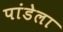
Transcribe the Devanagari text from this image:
पांडेला